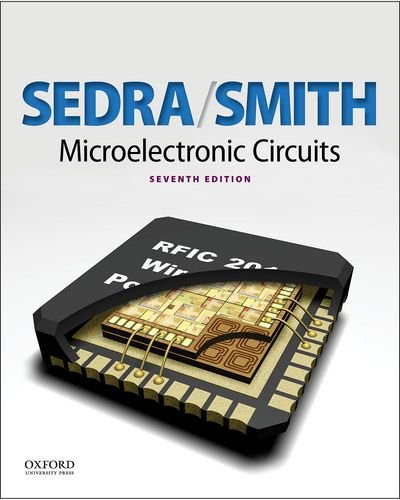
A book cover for Microelectronic Circuits (The Oxford Series in Electrical and Computer Engineering) 7th edition; Adel S. Sedra; Engineering & Transportation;